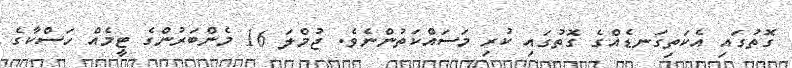
ގޮތުގައި އެކަތިގަނޑެއްގެ ގޮތުގައި ކުރި މަސައްކަތުންނެވެ. ޖުމްލަ 16 މެންބަރުންގެ ޓީމެއް ހަސްކާގެ